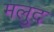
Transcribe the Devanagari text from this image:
मलुद